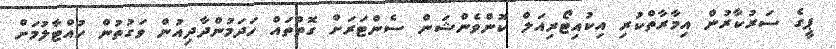
ޕީގެ ސަރުކާރުން އިމާރާތްކުރި އިކުއިޓޯރިއަލް ކޮންވެންޝަން ސެންޓަރަށް ގޮތްތައް ހަދަމުންދާދިއުން ވަގުތުން ހުއްޓާލުމަށް